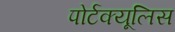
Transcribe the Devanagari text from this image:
पोर्टक्यूलिस